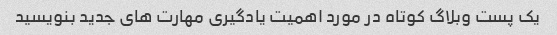
یک پست وبلاگ کوتاه در مورد اهمیت یادگیری مهارت های جدید بنویسید